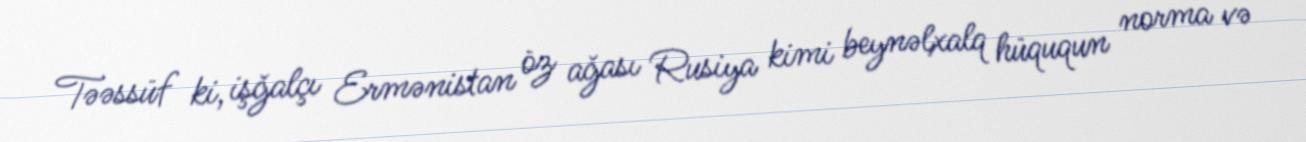
Təəssüf ki, işğalçı Ermənistan öz ağası Rusiya kimi beynəlxalq hüququn norma və